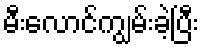
မီးလောင်ကျွမ်းခဲ့ပြီး